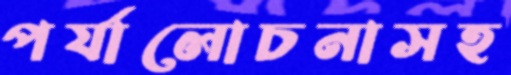
পর্যালোচনাসহ